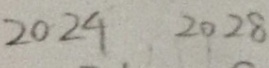
2 0 2 4 2 0 2 8